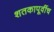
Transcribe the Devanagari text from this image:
शतकापूर्वीच